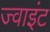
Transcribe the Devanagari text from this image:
ज्‍वाइंट